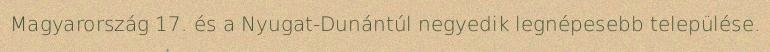
Magyarország 17. és a Nyugat-Dunántúl negyedik legnépesebb települése.